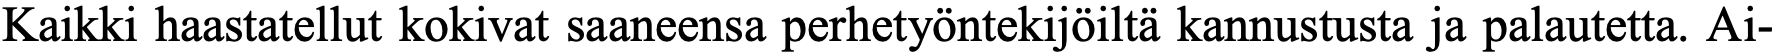
Kaikki haastatellut kokivat saaneensa perhetyöntekijöiltä kannustusta ja palautetta. Ai-